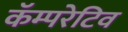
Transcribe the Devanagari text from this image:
कॅम्परेटिव